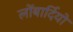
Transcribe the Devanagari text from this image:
लोंबार्दियों